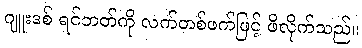
ဂျူးဒစ် ရင်ဘတ်ကို လက်တစ်ဖက်ဖြင့် ဖိလိုက်သည်။